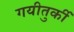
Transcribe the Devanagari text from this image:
गयीतुर्की